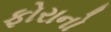
ફોરાનો